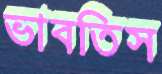
ভাবতিস